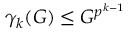
\gamma _ { k } ( G ) \leq G ^ { p ^ { k - 1 } }